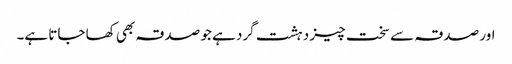
اور صدقہ سے سخت چیز دہشت گرد ہے جو صدقہ بھی کھا جاتا ہے۔